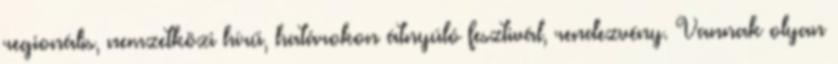
regionális, nemzetközi hírű, határokon átnyúló fesztivál, rendezvény. Vannak olyan